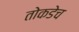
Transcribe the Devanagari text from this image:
तोकडेच